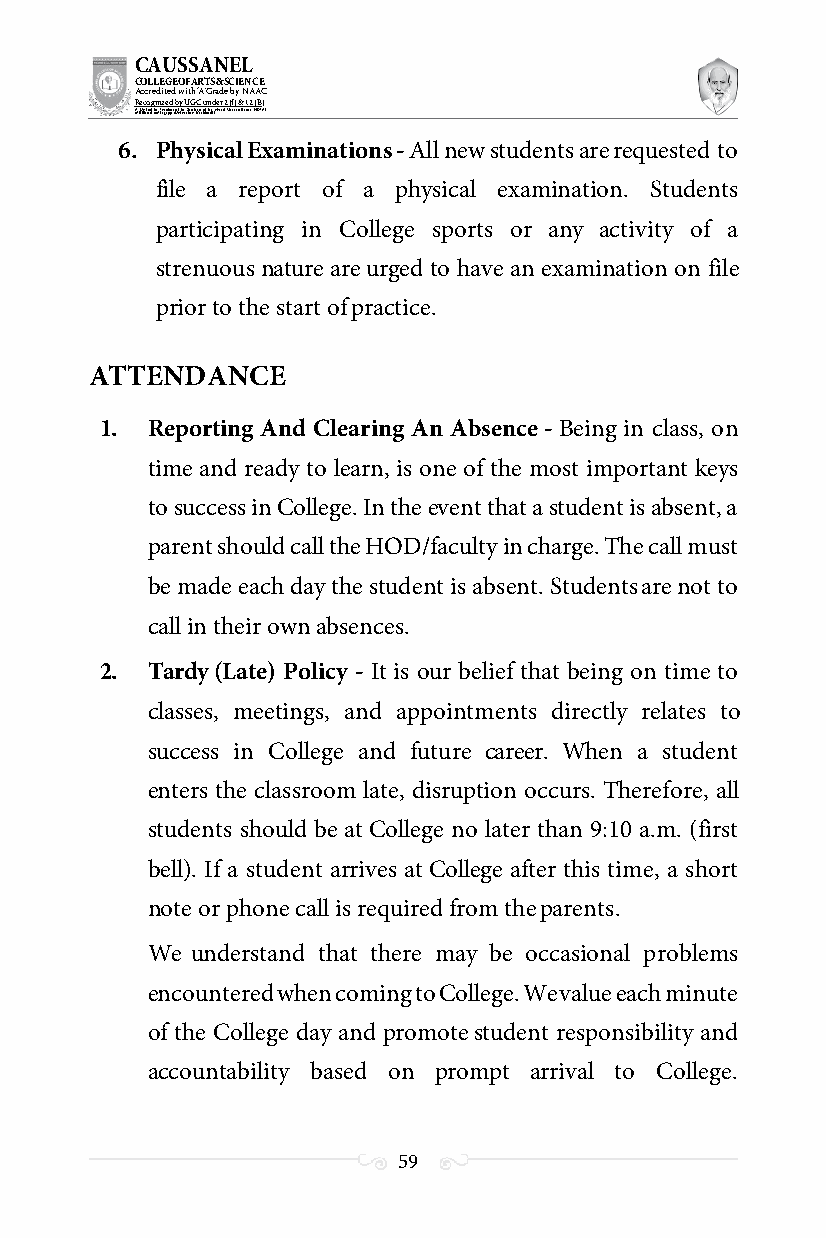
CAUSSANEL
 COLLEGE OF ARTS & SCIENCE
 Accredited with ‘A’ Grade by NAAC
 Recognized by UGC under 2 (f) & 12 (B)
 ((AA fUfilniaitt eodf ttoh eA Ilnasgtaitpuptae oUfn tihvee rBsirtoy,t hKerasr aoifk uthdei )S acred Heart of Jesus, INDIA)
 6. Physical Examinations - All new students are requested to
 file a report of a physical examination. Students
 participating in College sports or any activity of a
 strenuous nature are urged to have an examination on file
 prior to the start of practice.
 ATTENDANCE
 1. Reporting And Clearing An Absence - Being in class, on
 time and ready to learn, is one of the most important keys
 to success in College. In the event that a student is absent, a
 parent should call the HOD/faculty in charge. The call must
 be made each day the student is absent. Students are not to
 call in their own absences.
 2. Tardy (Late) Policy - It is our belief that being on time to
 classes, meetings, and appointments directly relates to
 success in College and future career. When a student
 enters the classroom late, disruption occurs. Therefore, all
 students should be at College no later than 9:10 a.m. (first
 bell). If a student arrives at College after this time, a short
 note or phone call is required from the parents.
 We understand that there may be occasional problems
 encountered when coming to College. We value each minute
 of the College day and promote student responsibility and
 accountability based on prompt arrival to College.
 59